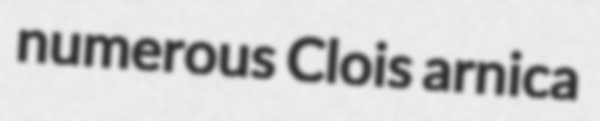
numerous Clois arnica